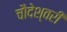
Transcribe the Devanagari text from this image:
चौदेश्वरी